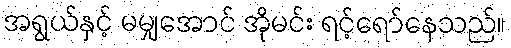
အရွယ်နှင့် မမျှအောင် အိုမင်း ရင့်ရော်နေသည်။